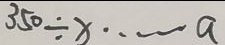
3 5 0 \div x \cdots a